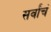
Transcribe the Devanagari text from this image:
सर्वांचं